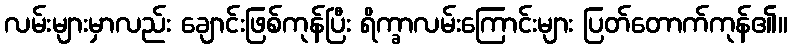
လမ်းများမှာလည်း ချောင်းဖြစ်ကုန်ပြီး ရိက္ခာလမ်းကြောင်းများ ပြတ်တောက်ကုန်၏။